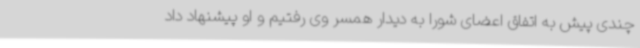
چندی پیش به اتفاق اعضای شورا به دیدار همسر وی رفتیم و او پیشنهاد داد